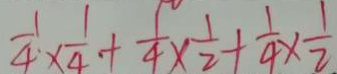
\frac { 1 } { 4 } \times \frac { 1 } { 4 } + \frac { 1 } { 4 } \times \frac { 1 } { 2 } + \frac { 1 } { 4 } \times \frac { 1 } { 2 }